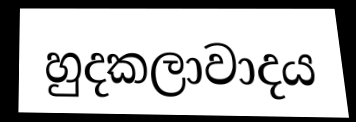
හුදකලාවාදය